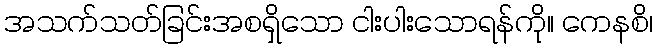
အသက်သတ်ခြင်းအစရှိသော ငါးပါးသောရန်ကို။ ကေနစိ၊